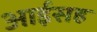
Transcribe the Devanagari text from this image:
आईसह